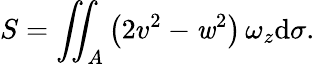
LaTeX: S=\iint_{A}\left(2v^{2}-\mathit{w}^{2}\right)\, \omega_{z}\mathrm{{d}}\sigma.